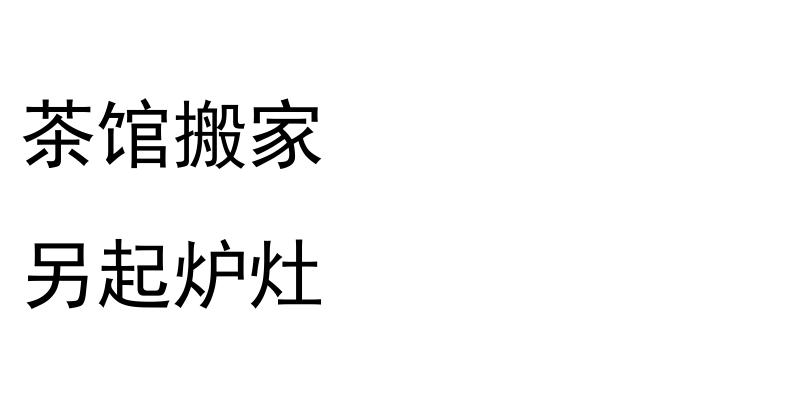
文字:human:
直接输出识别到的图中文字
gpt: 茶馆搬家 另起炉灶